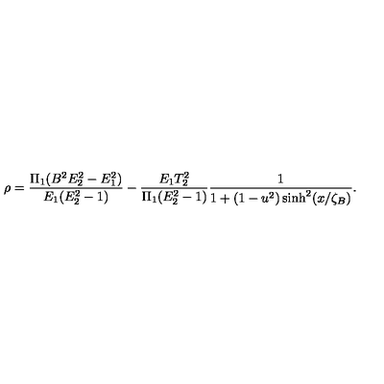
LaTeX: \rho = \frac { \Pi _ { 1 } ( B ^ { 2 } E _ { 2 } ^ { 2 } - E _ { 1 } ^ { 2 } ) } { E _ { 1 } ( E _ { 2 } ^ { 2 } - 1 ) } - \frac { E _ { 1 } T _ { 2 } ^ { 2 } } { \Pi _ { 1 } ( E _ { 2 } ^ { 2 } - 1 ) } \frac { 1 } { 1 + ( 1 - u ^ { 2 } ) \sinh ^ { 2 } ( x / \zeta _ { B } ) } .